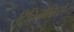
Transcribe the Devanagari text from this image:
ट्रिचिनोसिस